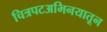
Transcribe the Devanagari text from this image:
चित्रपटअभिनयातून